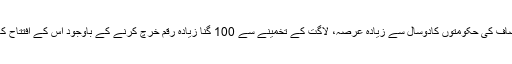
تحریک انصاف کی حکومتوں کادوسال سے زیادہ عرصہ، لاگت کے تخمینے سے 100 گنا زیادہ رقم خرچ کرنے کے باوجود اس کے افتتاح کا انتظارہے۔